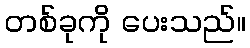
တစ်ခုကို ပေးသည်။